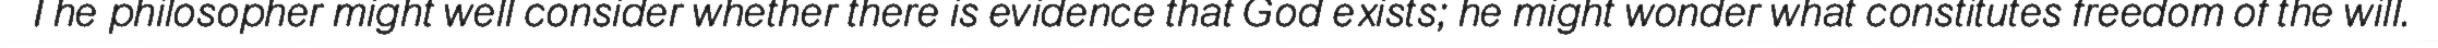
The philosopher might well consider whether there is evidence that God exists; he might wonder what constitutes freedom of the will.